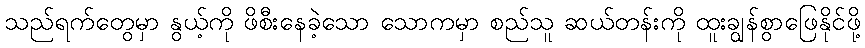
သည်ရက်တွေမှာ နွယ့်ကို ဖိစီးနေခဲ့သော သောကမှာ စည်သူ ဆယ်တန်းကို ထူးချွန်စွာဖြေနိုင်ဖို့